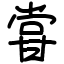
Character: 甞